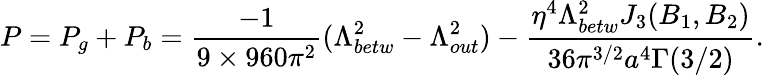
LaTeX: P=P_{g}+P_{b}=\frac{-1}{9\times 960\pi^{2}}(\Lambda_{betw}^{2}-\Lambda_{out}^{2})-\frac{\eta^{4}\Lambda_{betw}^{2}J_{3}(B_{1},B_{2})}{36\pi^{3/2}a^{4}\Gamma(3/2)}.